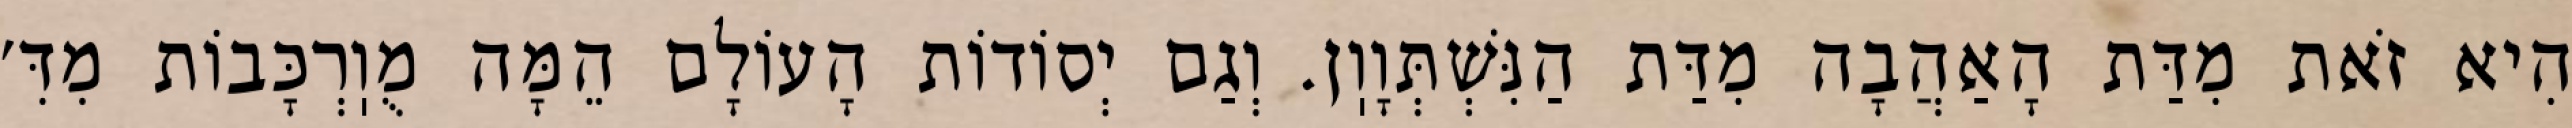
הִיא זֹאת מִדַּת הָאַהֲבָה מִדַּת הַנִּשְׁתְּוָוֽן. וְגַם יְסוֹדוֹת הָעוֹלָם הֵמָּה מֻוֽרְכָּבוֹת מִדִּ׳